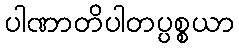
ပါဏာတိပါတပ္ပစ္စယာ